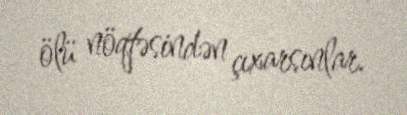
ölü nöqtəsindən çıxarsınlar.